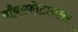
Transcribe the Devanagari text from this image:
बाँबस्फोटानंतर